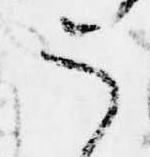
う